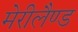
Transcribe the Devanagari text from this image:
मेरीलैण्ड